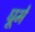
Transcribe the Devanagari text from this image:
घूमें